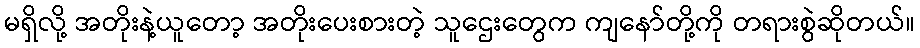
မရှိလို့ အတိုးနဲ့ယူတော့ အတိုးပေးစားတဲ့ သူဌေးတွေက ကျနော်တို့ကို တရားစွဲဆိုတယ်။